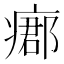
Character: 𤹓